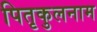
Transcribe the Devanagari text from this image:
पितृकुलनाम